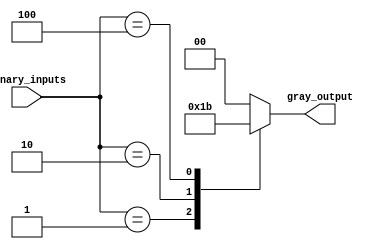
module gray_encoder(
    input [3:0] binary_inputs,
    output reg [1:0] gray_output
);

always @* begin
    case(binary_inputs)
        4'b0001 : gray_output = 2'b01;
        4'b0010 : gray_output = 2'b10;
        4'b0100 : gray_output = 2'b11;
        4'b1000 : gray_output = 2'b00;
        default : gray_output = 2'b00; // Default priority if multiple inputs are high
    endcase
end

endmodule